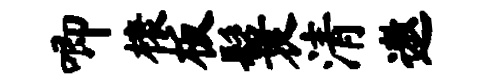
唧榱板鬟清遨